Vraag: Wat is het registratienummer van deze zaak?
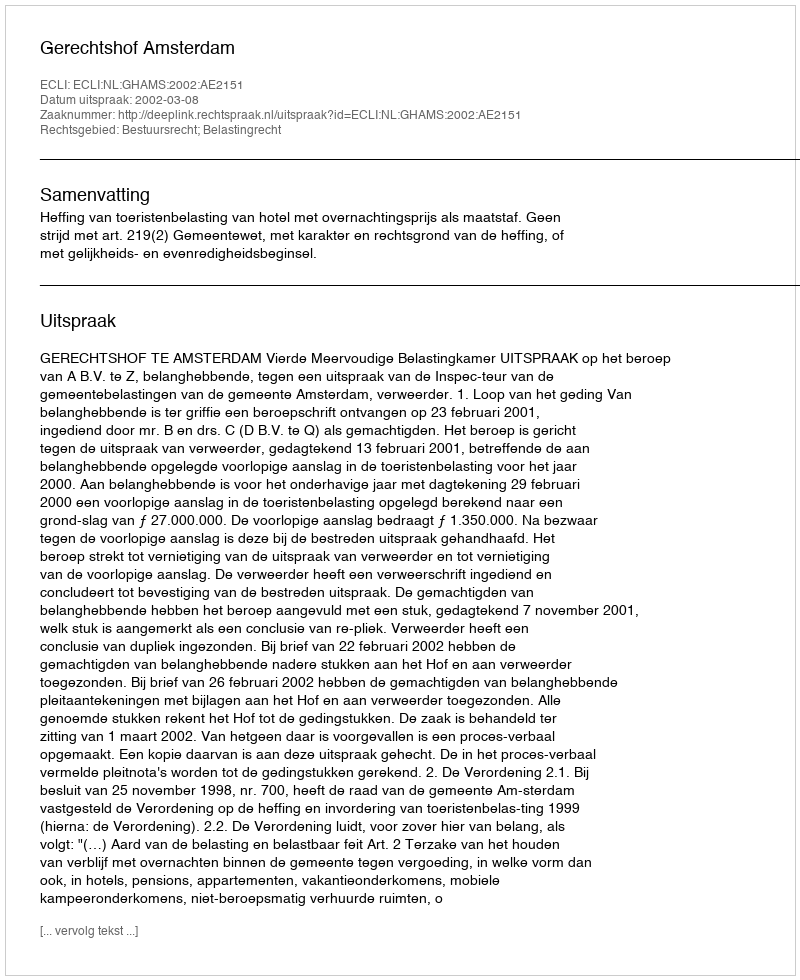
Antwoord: http://deeplink.rechtspraak.nl/uitspraak?id=ECLI:NL:GHAMS:2002:AE2151